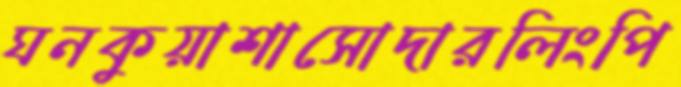
ঘনকুয়াশাসোদারলিংপি